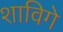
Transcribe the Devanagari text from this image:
शाविगे